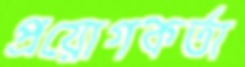
প্রয়োগকর্তা